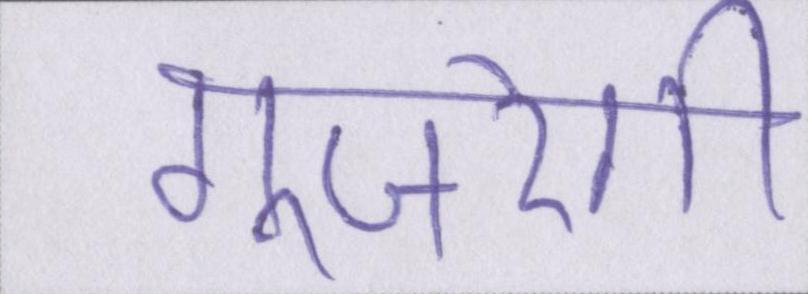
गुजरेगी